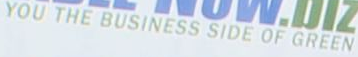
YOU THE BUSINESS SIDE OF GREEN